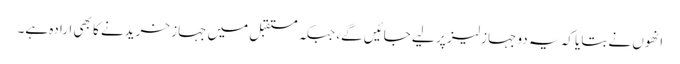
انھوں نے بتایا کہ یہ دو جہاز لیز پر لیے جائیں گے، جبکہ مستقبل میں جہاز خریدنے کا بھی ارادہ ہے۔